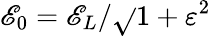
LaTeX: {\mathscr{E}_{0}}={\mathscr{E}_{L}}/{\sqrt{}{{1+\varepsilon^{2}}}}